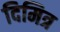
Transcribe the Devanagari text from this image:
दिमित्र